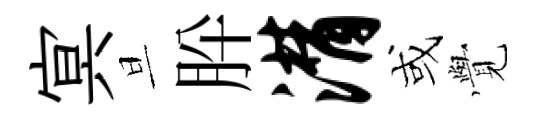
㝠旦肸潸或𮗜